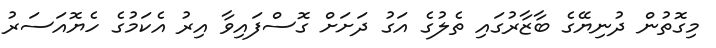
މިގޮތުން ދުނިޔޭގެ ބާޒާރުގައި ތެލުގެ އަގު ދަށަށް ގޮސްފައިވާ އިރު އެކަމުގެ ހެޔޮއަސަރު